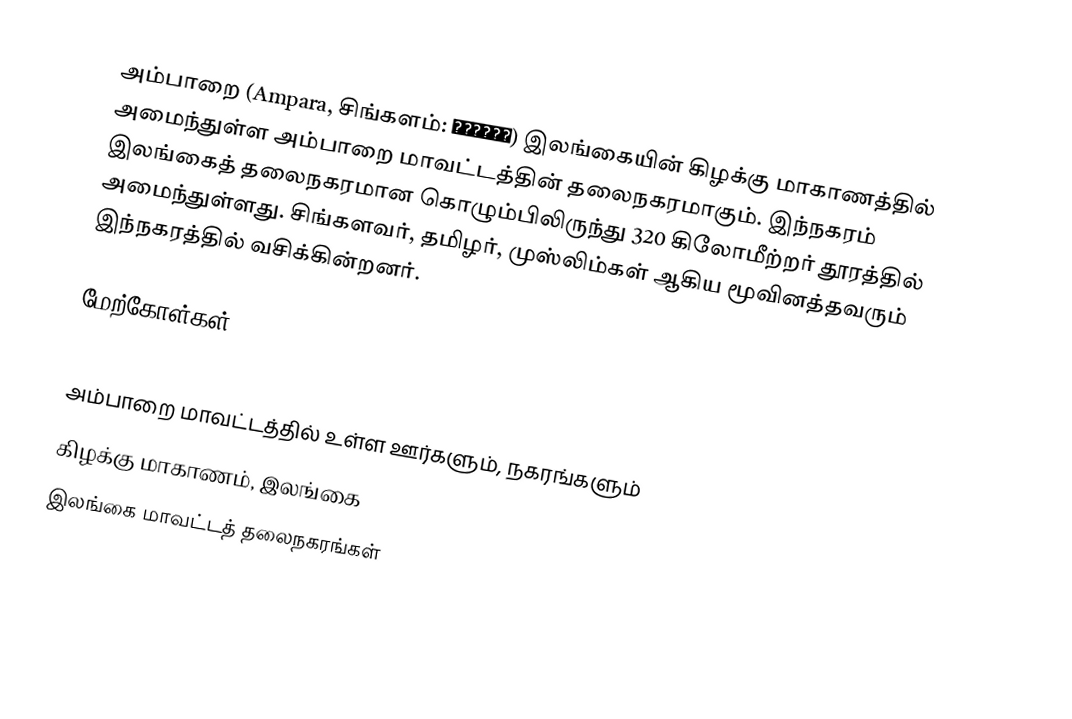
அம்பாறை (Ampara, சிங்களம்: අම්පාර) இலங்கையின் கிழக்கு மாகாணத்தில் அமைந்துள்ள அம்பாறை மாவட்டத்தின் தலைநகரமாகும். இந்நகரம் இலங்கைத் தலைநகரமான கொழும்பிலிருந்து 320 கிலோமீற்றர் தூரத்தில் அமைந்துள்ளது. சிங்களவர், தமிழர், முஸ்லிம்கள் ஆகிய மூவினத்தவரும் இந்நகரத்தில் வசிக்கின்றனர்.

மேற்கோள்கள்

அம்பாறை மாவட்டத்தில் உள்ள ஊர்களும், நகரங்களும்
கிழக்கு மாகாணம், இலங்கை
இலங்கை மாவட்டத் தலைநகரங்கள்